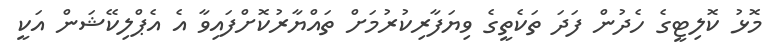
މޮޅު ކޮލިޓީގެ ހެދުން ފަދަ ތަކެތީގެ ވިޔަފާރިކުރުމަށް ތައްޔާރުކޮށްފައިވާ އެ އެޕްލިކޭޝަން އަކީ